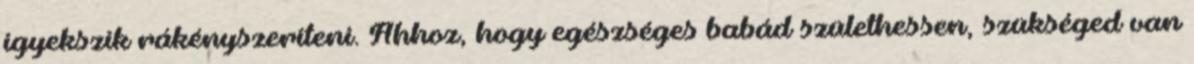
igyekszik rákényszeríteni. Ahhoz, hogy egészséges babád születhessen, szükséged van